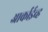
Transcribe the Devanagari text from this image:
आर्काईव्ह